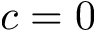
c = 0